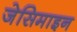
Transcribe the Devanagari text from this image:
जेसिमाइन